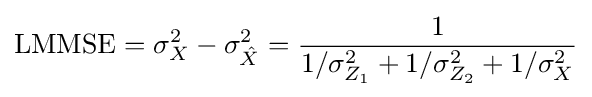
\mathrm {LMMSE} =\sigma _{X}^{2}-\sigma _{\hat {X}}^{2}={\frac {1}{1/\sigma _{Z_{1}}^{2}+1/\sigma _{Z_{2}}^{2}+1/\sigma _{X}^{2}}}